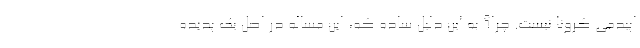
اپیدمی کرونا نیست. چرا؟ به این دلیل ساده که، این مساله در اصل یک پدیده